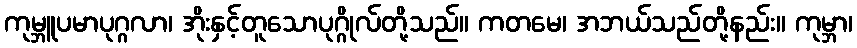
ကုမ္ဘူပမာပုဂ္ဂလာ၊ အိုးနှင့်တူသောပုဂ္ဂိုလ်တို့သည်။ ကတမေ၊ အဘယ်သည်တို့နည်း။ ကုမ္ဘာ၊